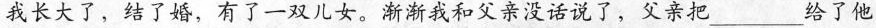
我长大了，结了婚，有了一双儿女。渐渐我和父亲没话说了，父亲把___给了他